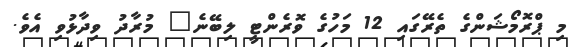
މި ޕްރޮމޯޝަންގެ ތެރޭގައި 12 މަހުގެ ވޮރެންޓީ ލިބޭނެ" މުރާދު ވިދާޅުވި އެވެ.